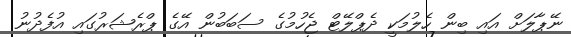
ނޭޕާލަށް އައި ބިން ހެލުމަކީ ދެޕްލޭޓް ޖެހުމުގެ ސަބަބުން އޭގެ ޕްރެޝަރުގައި އުފެދުނު